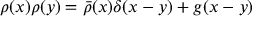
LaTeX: \rho ( x ) \rho ( y ) = { \bar { \rho } } ( x ) \delta ( x - y ) + g ( x - y )